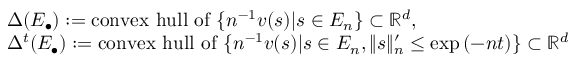
\begin{array} { r l } & { \Delta ( E _ { \bullet } ) : = \mathrm { c o n v e x ~ h u l l ~ o f ~ } \{ n ^ { - 1 } v ( s ) | s \in E _ { n } \} \subset \mathbb { R } ^ { d } , } \\ & { \Delta ^ { t } ( E _ { \bullet } ) : = \mathrm { c o n v e x ~ h u l l ~ o f ~ } \{ n ^ { - 1 } v ( s ) | s \in E _ { n } , \lVert s \rVert _ { n } ^ { \prime } \leq \exp { ( - n t ) } \} \subset \mathbb { R } ^ { d } } \end{array}